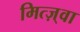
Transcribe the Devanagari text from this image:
मित्ज़्वा